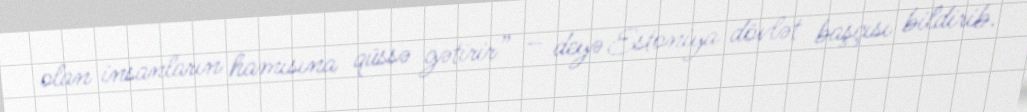
olan insanların hamısına qüssə gətirir” – deyə Estoniya dövlət başçısı bildirib.